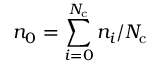
n _ { 0 } = \sum _ { i = 0 } ^ { N _ { \mathrm { c } } } n _ { i } / N _ { \mathrm { c } }